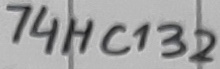
Text: 74HC132